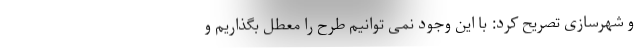
و شهرسازی تصریح کرد: با این وجود نمی توانیم طرح را معطل بگذاریم و